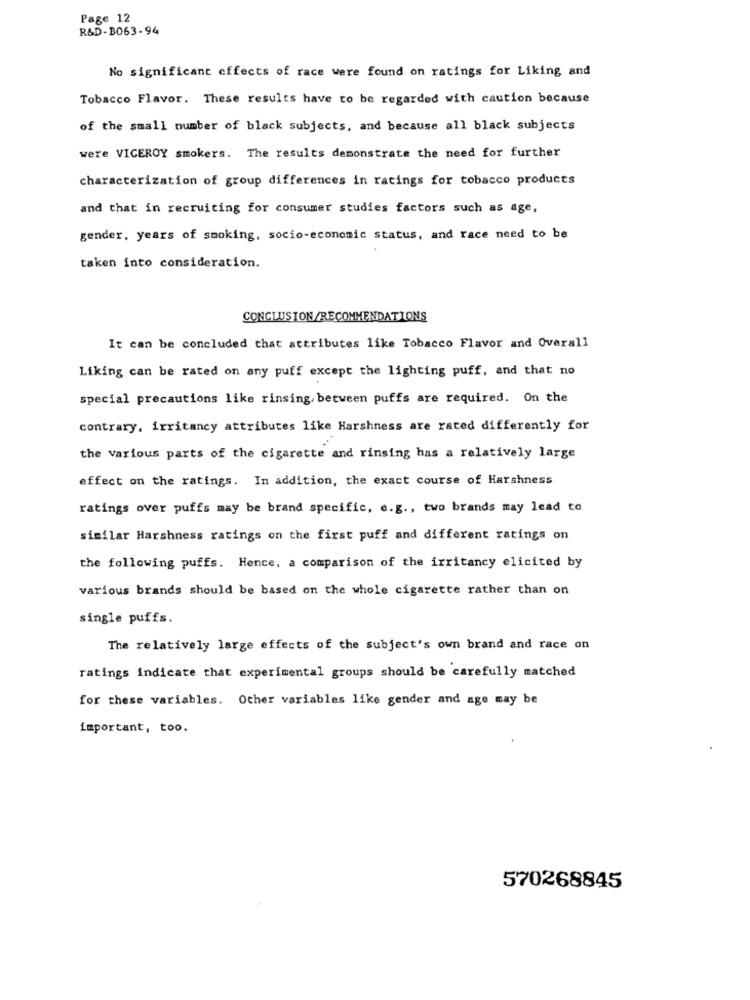
Page 12
R&D-B063-94
No significant effects of race were found on ratings for Liking and
Tobacco Flavor. These results have to be regarded with caution because
of the small number of black subjects, and because all black subjects
were VICEROY smokers. The results demonstrate the need for further
characterization of group differences in ratings for tobacco products
and that in recruiting for consumer studies factors such as age,
gender, years of smoking, socio-economic status, and race need to be
taken into consideration.
CONCLUSION/RECOMMENDATIONS
It can be concluded that attributes like Tobacco Flavor and Overall
Liking can be rated on any puff except the lighting puff, and that no
special precautions like rinsing. between puffs are required. On the
contrary, irritancy attributes like Harshness are rated differently for
the various parts of the cigarette and rinsing has a relatively large
effect on the ratings. In addition, the exact course of Harshness
ratings over puffs may be brand specific, e.g ., two brands may lead to
similar Harshness ratings on the first puff and different ratings on
the following puffs. Hence, a comparison of the irritancy elicited by
various brands should be based on the whole cigarette rather than on
single puffs.
The relatively large effects of the subject's own brand and race on
ratings indicate that experimental groups should be carefully matched
for these variables. Other variables like gender and age may be
important, too.
570268845